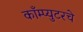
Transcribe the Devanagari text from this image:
काँम्प्युटरचे